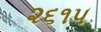
૨૬૧૫